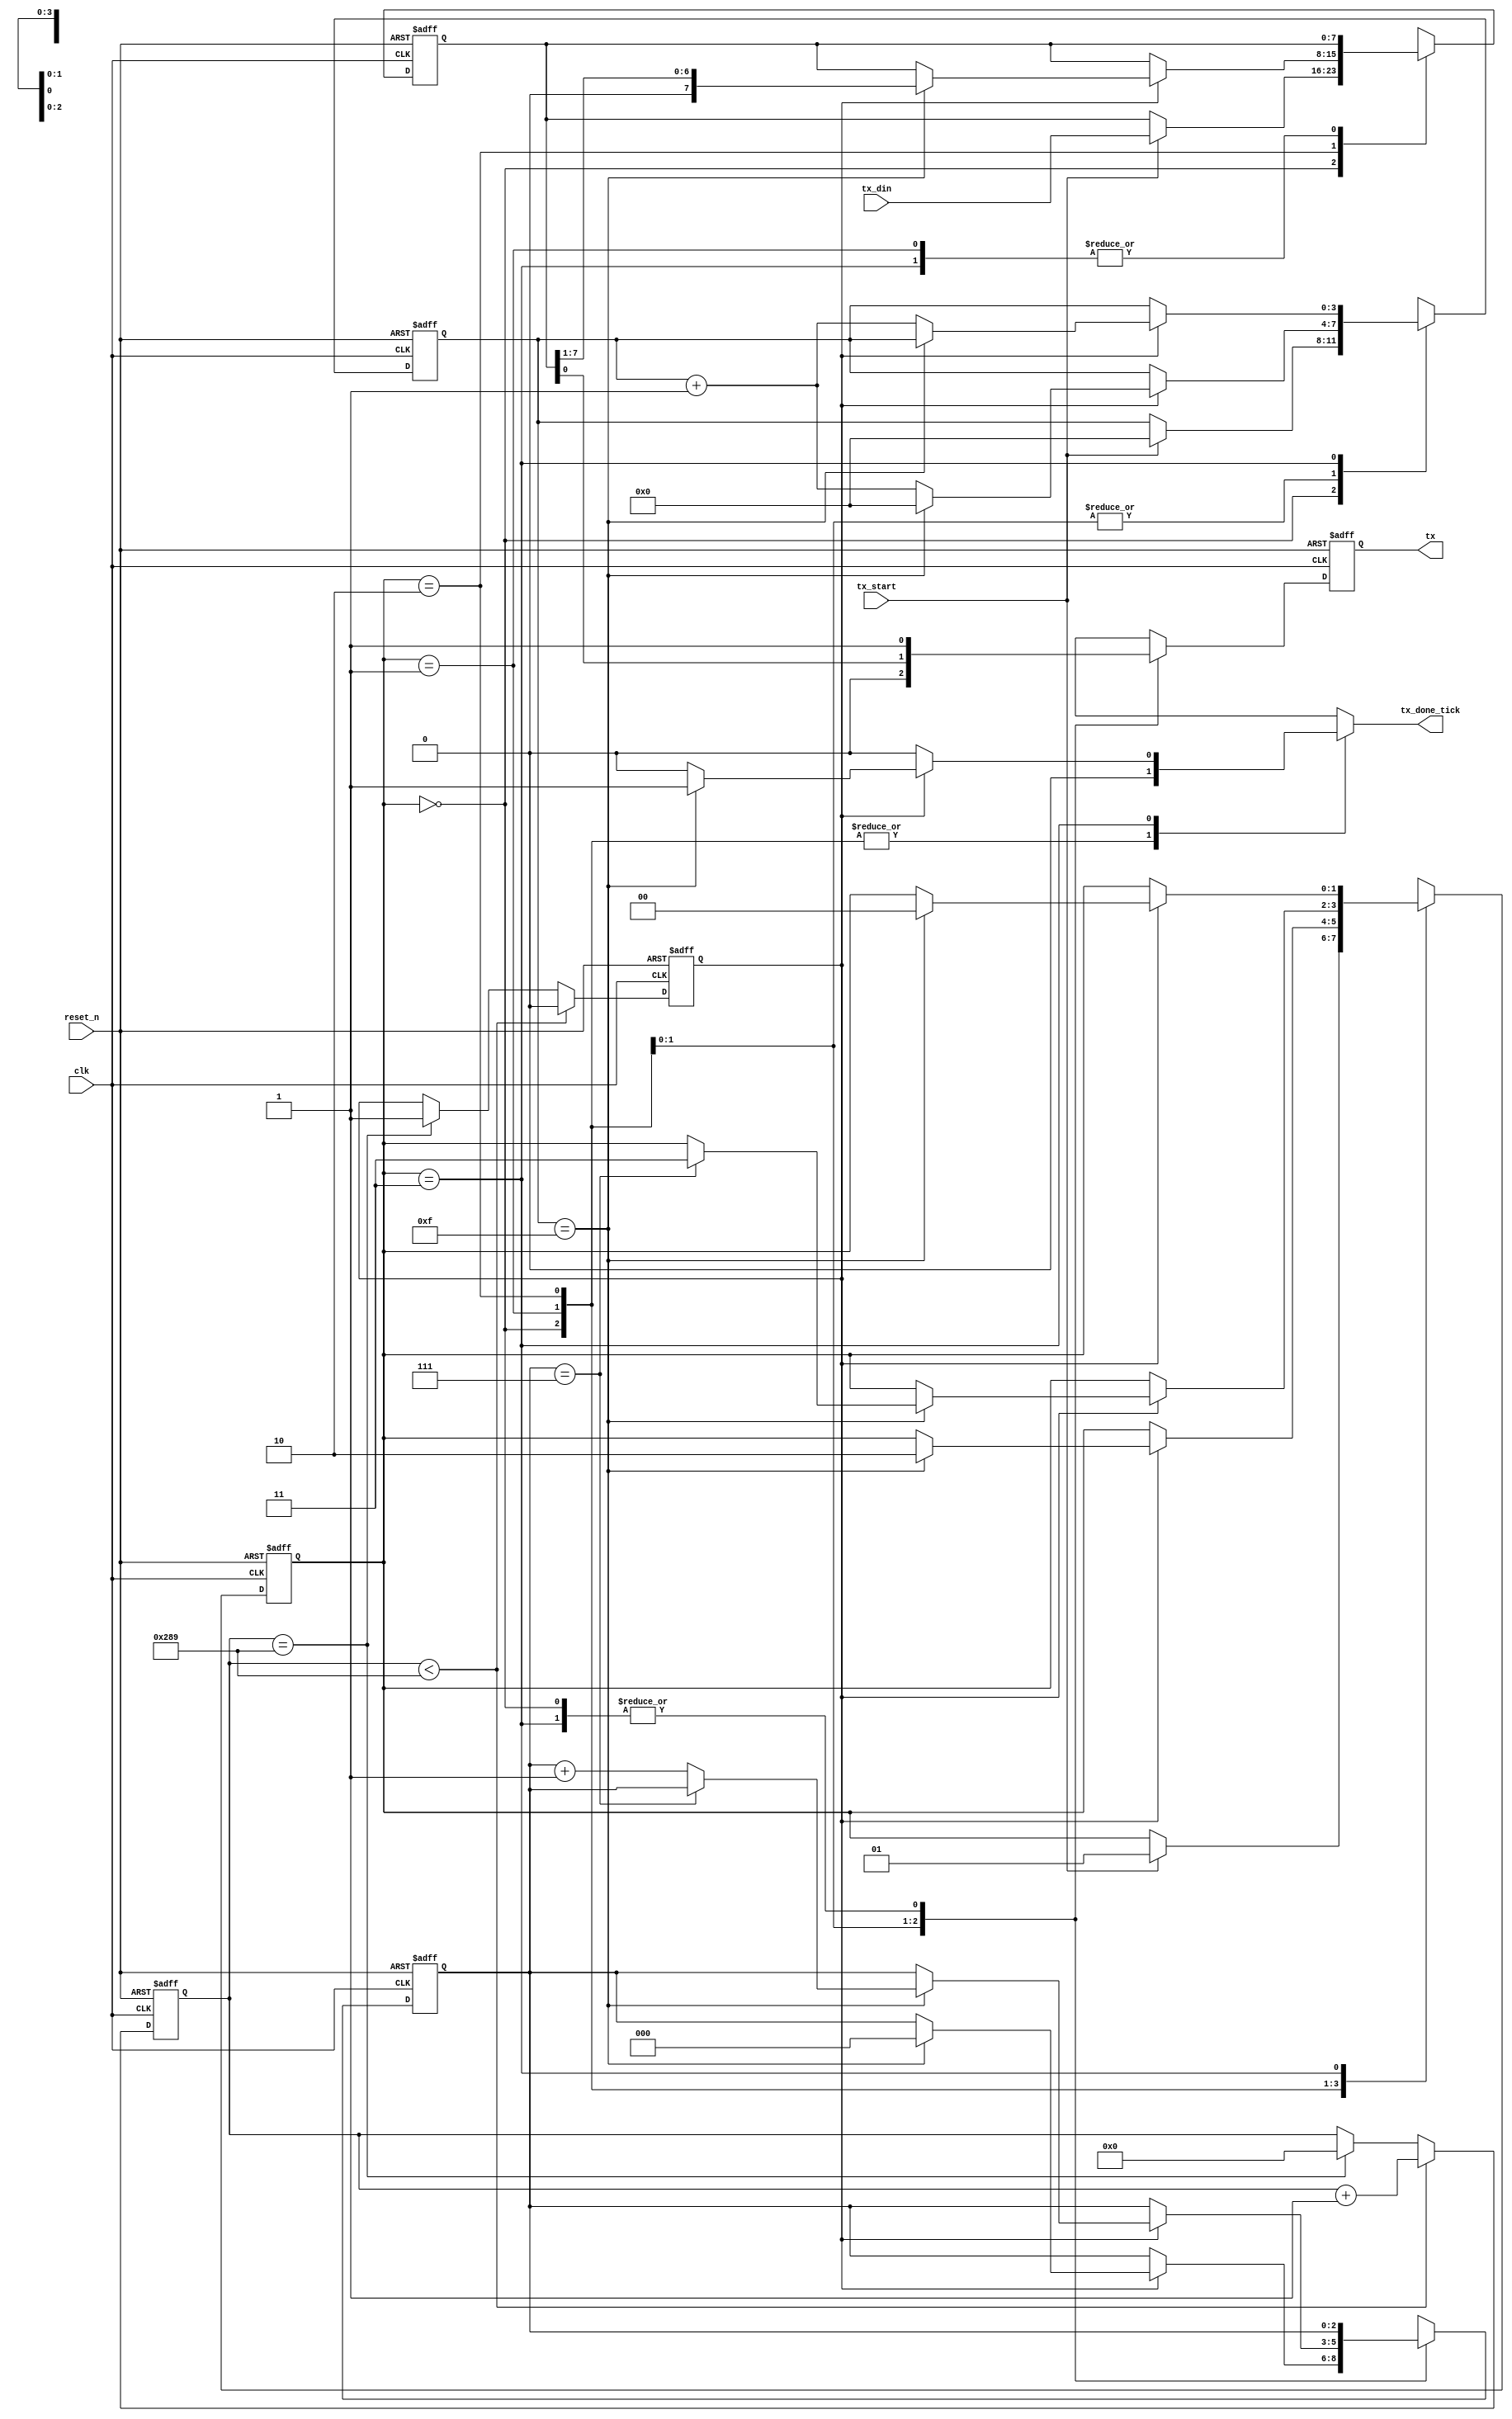
`timescale 1ns / 1ps


module uart_tx_main
    #(parameter DBIT = 8,    
                SB_TICK = 16 
    )
    (
        input clk, reset_n,
        input tx_start,        
        input [DBIT - 1:0] tx_din,
        output reg tx_done_tick,
        output tx
        
    );
    
    localparam  idle = 0, start = 1,
                data = 2, stop = 3;
                
    reg [1:0] state_reg, state_next;
    reg [3:0] s_reg, s_next;               
    reg [$clog2(DBIT) - 1:0] n_reg, n_next;
    reg [DBIT - 1:0] b_reg, b_next;        
    reg tx_reg, tx_next; 
    reg s_tick; 
    reg [10:0] baud;
    reg [10:0] rate=10'd650;               
    
    
always @(posedge clk, negedge reset_n)
begin
if(~reset_n)
	begin
	baud<=0;
	s_tick<=0;
	end
else
	begin
		if(baud<rate-1)
		begin
		baud<=baud+1;
		s_tick<=0;
		end
		else if(baud==rate-1)
			begin
			s_tick<=1;
			baud<=0;
			end
	end
		
end
    
    
    // State and other registers
    always @(posedge clk, negedge reset_n)
    begin
        if (~reset_n)
        begin
            state_reg <= idle;
            s_reg <= 0;
            n_reg <= 0;
            b_reg <= 0;
            tx_reg <= 1'b1;
        end
        else
        begin
            state_reg <= state_next;
            s_reg <= s_next;
            n_reg <= n_next;
            b_reg <= b_next;
            tx_reg <= tx_next;
        end
    end
    
    // Next state logic
    always @(*)
    begin
        state_next = state_reg;
        s_next = s_reg;
        n_next = n_reg;
        b_next = b_reg;
        tx_done_tick = 1'b0;
        case (state_reg)
            idle:   
            begin    
                tx_next = 1'b1;         
                if (tx_start)
                begin
                    s_next = 0;
                    b_next = tx_din;
                    state_next = start;                        
                end
            end                 
            start:    
            begin
                tx_next = 1'b0;            
                if (s_tick)
                    if (s_reg == 15)
                    begin
                        s_next = 0;
                        n_next = 0;
                        state_next = data;
                    end
                    else                        
                        s_next = s_reg + 1;
            end                                                                                       
            data:
            begin
                tx_next = b_reg[0];
                if (s_tick)
                    if(s_reg == 15)
                    begin
                        s_next = 0;
                        b_next = {1'b0, b_reg[DBIT - 1:1]}; // Right shift
                        if (n_reg == (DBIT - 1))
                            state_next = stop;
                        else
                            n_next = n_reg + 1;
                    end
                    else
                        s_next = s_reg + 1;
            end
            stop:
            begin
                tx_next = 1'b1;
                if (s_tick)
                    if(s_reg == (SB_TICK - 1))
                    begin
                        tx_done_tick = 1'b1;
                        state_next = idle;
                    end
                    else
                        s_next = s_reg + 1;                        
            end
            default:
                state_next = idle;
        endcase
    end
    
    // output logic
    assign tx = tx_reg;

endmodule